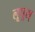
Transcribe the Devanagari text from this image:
लूपूस्